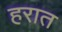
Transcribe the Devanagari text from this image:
हरात